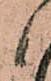
々